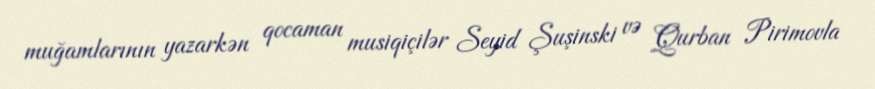
muğamlarının yazarkən qocaman musiqiçilər Seyid Şuşinski və Qurban Pirimovla